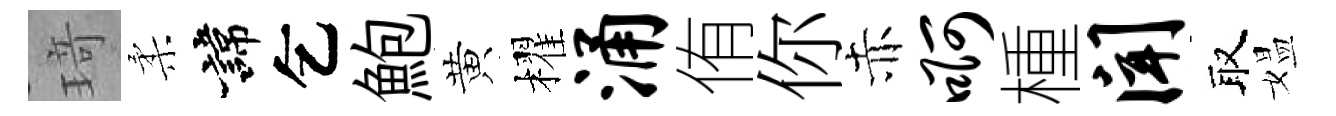
𤦺柔諱乞鮑黄櫂涌侑你赤啊㮔闻取媪